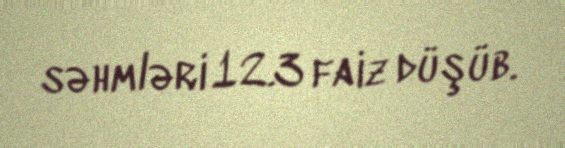
səhmləri 12.3 faiz düşüb.